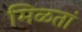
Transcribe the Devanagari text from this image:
मिळतां